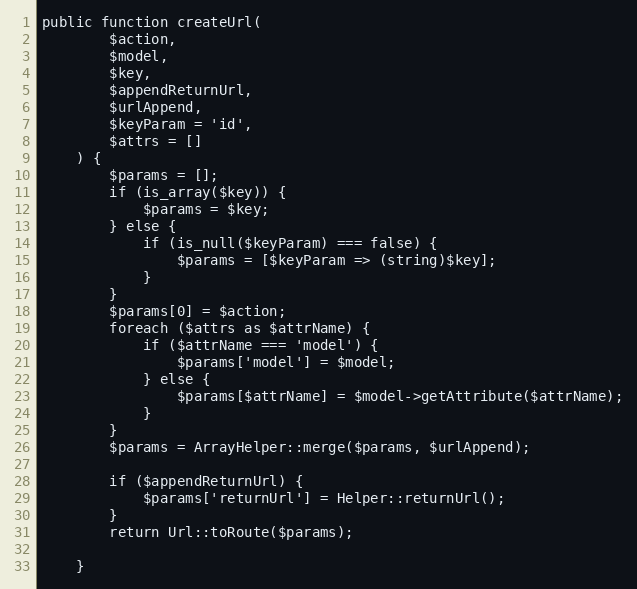
Language: PHP
public function createUrl(
        $action,
        $model,
        $key,
        $appendReturnUrl,
        $urlAppend,
        $keyParam = 'id',
        $attrs = []
    ) {
        $params = [];
        if (is_array($key)) {
            $params = $key;
        } else {
            if (is_null($keyParam) === false) {
                $params = [$keyParam => (string)$key];
            }
        }
        $params[0] = $action;
        foreach ($attrs as $attrName) {
            if ($attrName === 'model') {
                $params['model'] = $model;
            } else {
                $params[$attrName] = $model->getAttribute($attrName);
            }
        }
        $params = ArrayHelper::merge($params, $urlAppend);

        if ($appendReturnUrl) {
            $params['returnUrl'] = Helper::returnUrl();
        }
        return Url::toRoute($params);

    }